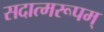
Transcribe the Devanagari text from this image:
सदात्मरूपम्